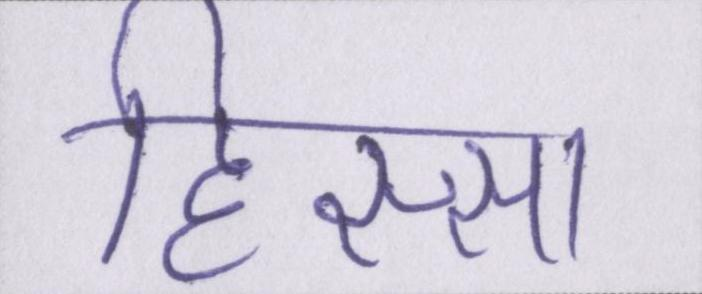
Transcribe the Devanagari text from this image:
हिस्सा